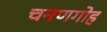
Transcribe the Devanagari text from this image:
चनणगोह